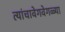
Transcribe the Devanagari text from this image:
त्यांचावेगवेगळ्या